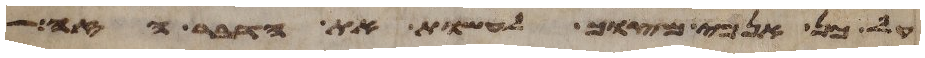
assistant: על כן אנכי מצוך לעשות את הדבר הזה